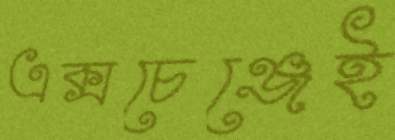
এক্সচেঞ্জেই